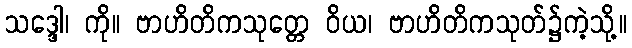
သဒ္ဒေါ၊ ကို။ ဗာဟိတိကသုတ္တေ ဝိယ၊ ဗာဟိတိကသုတ်၌ကဲ့သို့။